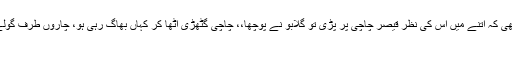
وہ اسی کشمکش میں مبتلا تھی کہ اتنے میں اس کی نظر قیصر چاچی پر پڑی تو گلابو نے پوچھا،، چاچی گٹھڑی اْٹھا کر کہاں بھاگ رہی ہو، چاروں طرف گولے ہی گولے برس رہے ہیں.
اری بیٹی!